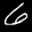
Label: 6